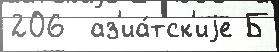
206  аз'иа́тск'иjе Б